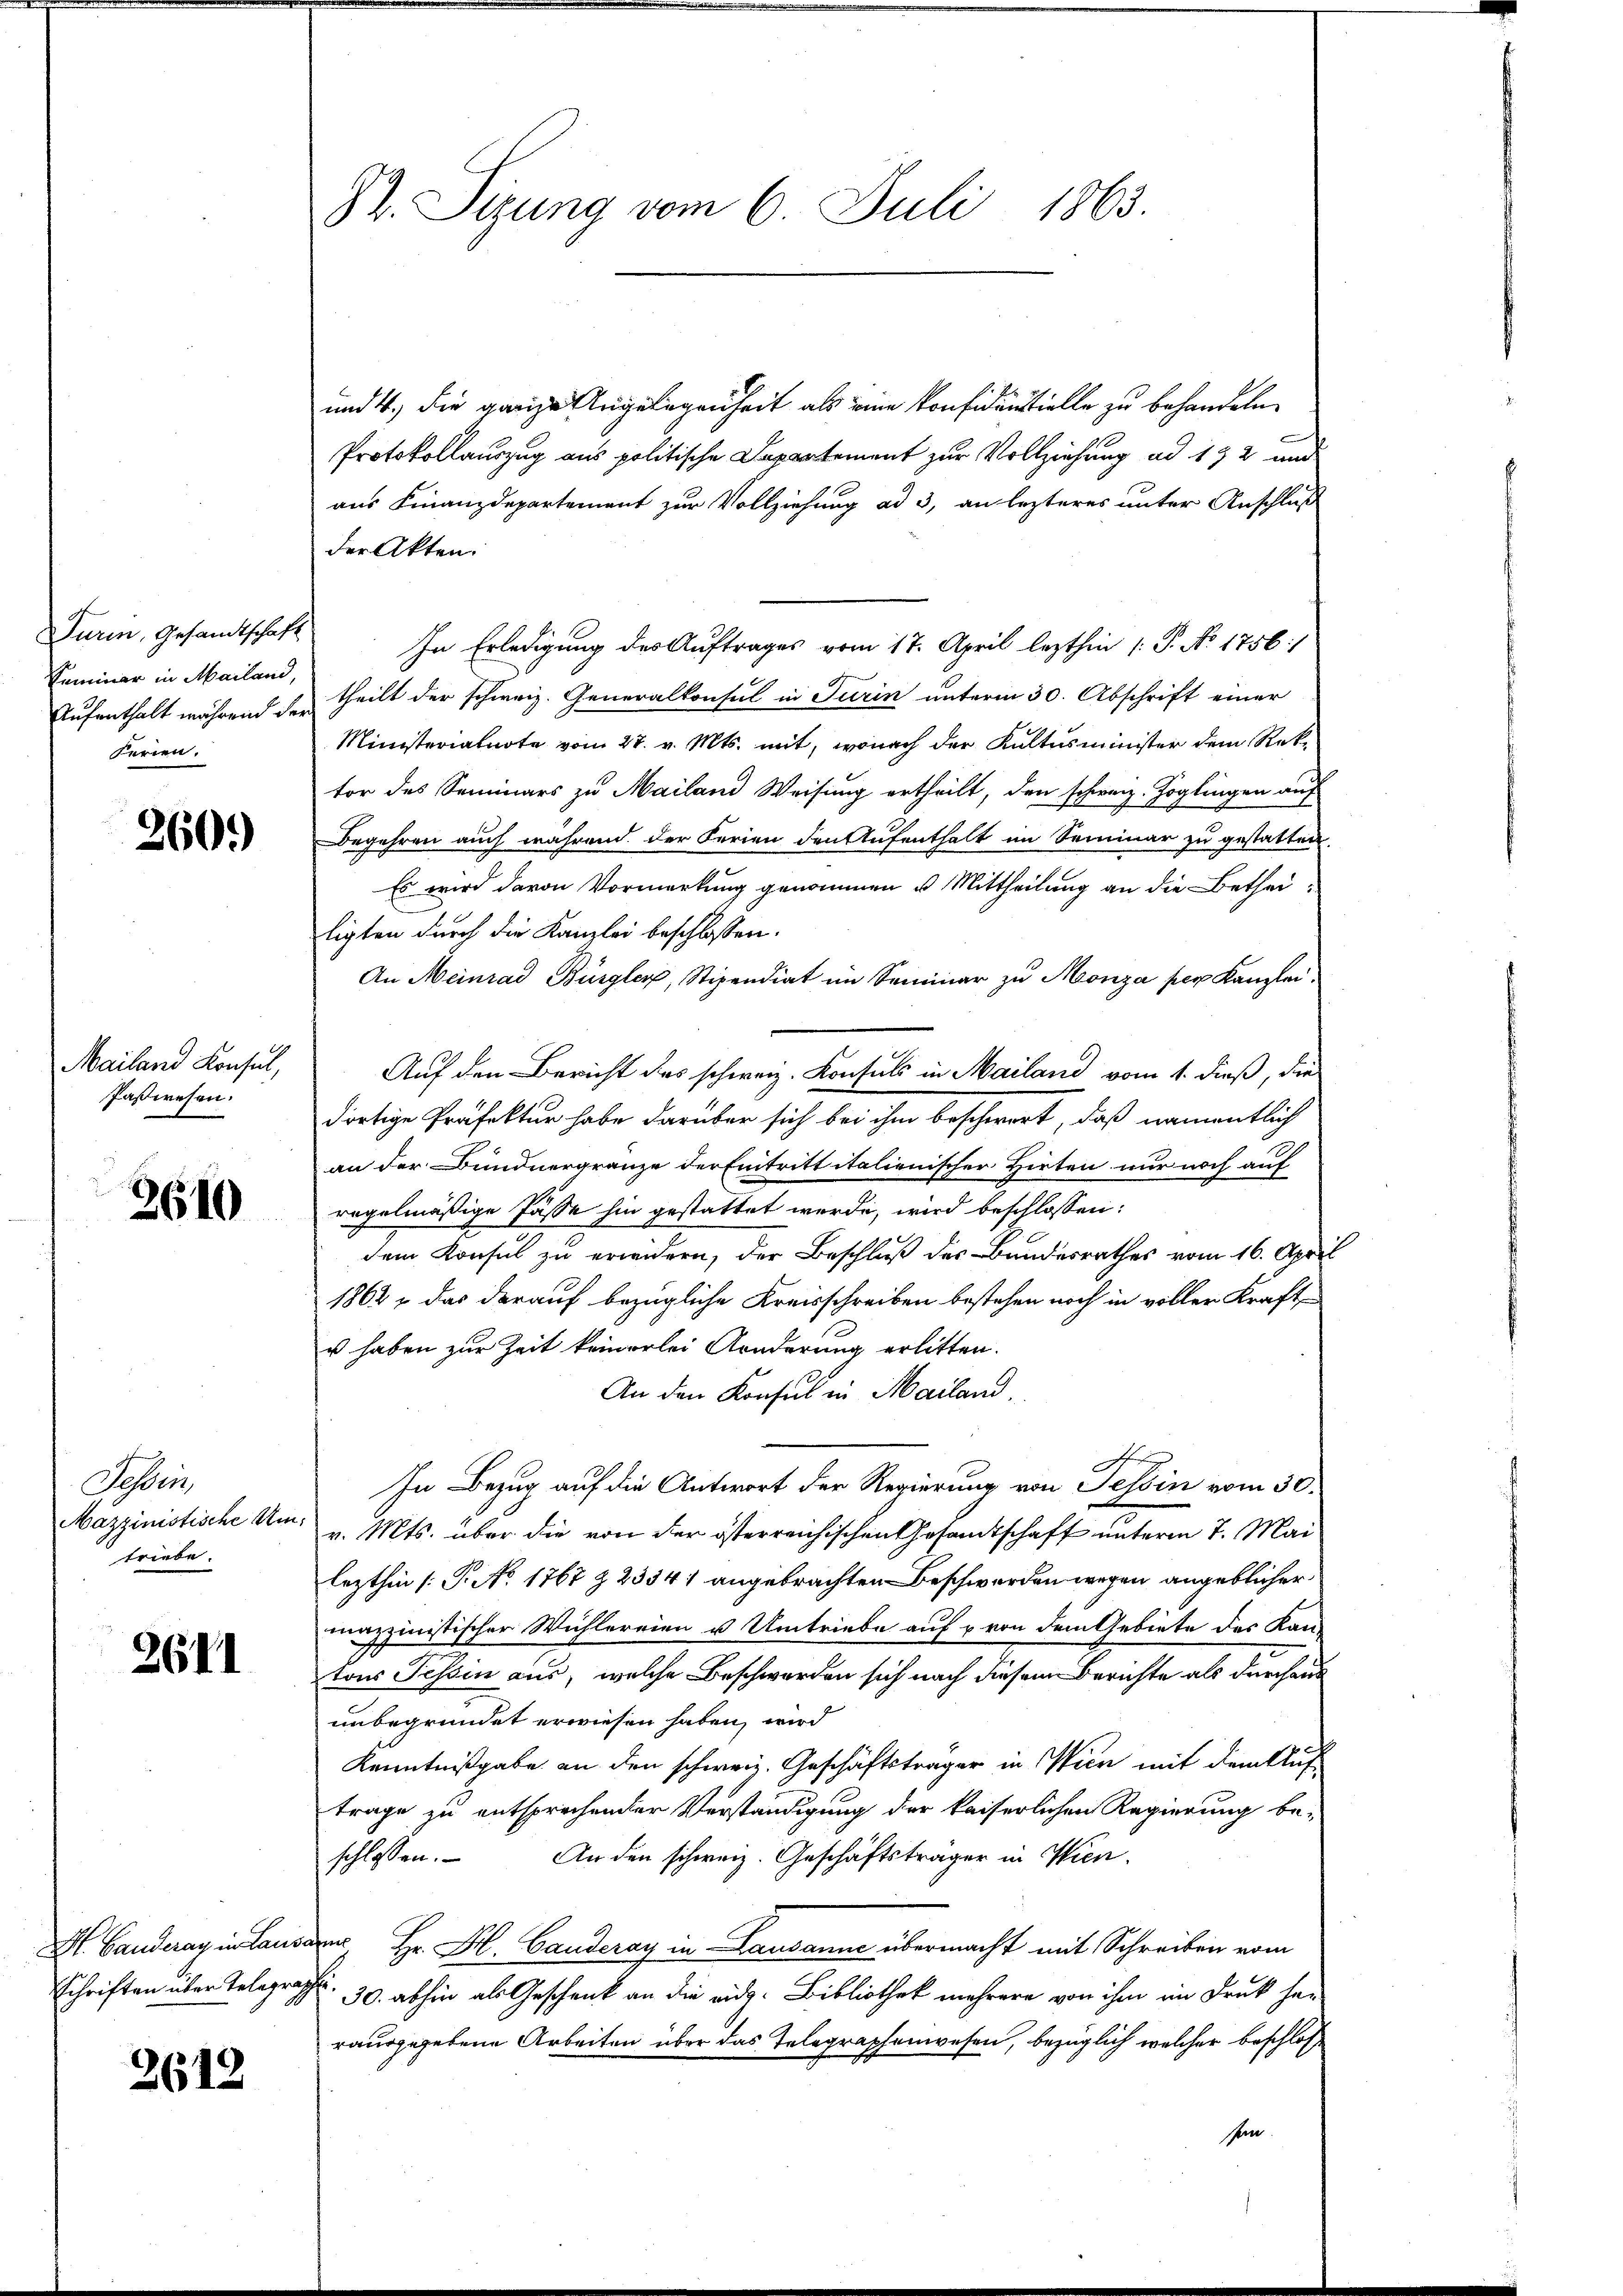
Turin, Gesandtschaft
Seminar in Mailand,
Aufenthalt während der
Ferien.

260.)

Mailand Konsul,
Paßwesen.

2640

Sehen
Mazzinistische Un
triebe.

2611

Schriften über Telegra

2612

St. Sizung vom 6. Juli 1863.

und 4. die ganze Angelegenheit als eine Konfidentielle zu behandeln.
Protokollauszug aus politische Departement zur Vollziehung ad 192 und
aus Finanzdepartement zur Vollziehung ad 3, an lezteres unter Anschluß
der Akten.
In Erledigung des Auftrages vom 17. April lezthin /: P. No 1756/
theilt der schweiz. Generalkonsul in Turin unterm 30. Abschrift einer
Ministerialnote vom 27. v. Mts. mit, wonach der Kultusminister dem Rektor des Seminars zu Mailand Weisung ertheilt, den schweiz. Zöglingen auf
Begehren auch während der Ferien den Aufenthalt im Seminar zu gestatten.
Es wird davon Vormerkung genommen u. Mittheilung an die Betheiligten durch die Kanzlei beschlossen:
An Meinrad Bürgler, Stipendiat im Seminar zu Monza per Kanzlei
Auf den Bericht des schweiz. Konsuls in Mailand vom 1. dieß, die
dortige Präfektur habe darüber sich bei ihm beschwort, daß namentlich
an der Bundnergränze der Eintrittitalienischer Hirten nur noch auf
regelmäßige Pässe hin gestattet werde, wird beschlossen:
dem Konsul zu erwidern, der Beschluß des Bundesrathes vom 16. April
1862, das darauf bezügliche Kreisschreiben bestehen noch in voller Kraft
u haben zur Zeit keinerlei Anderung erlitten.
An den Konsul in Mailand.
In Bezug auf die Antwort der Regierung von Tessin vom 30.
v. Mts. über die von der österreichischen Gesamtschaft unterm 7. Mai
lezthin (: P. No 1767 & 23341 angebrachten Beschwerden wegen angeblicher
mazzinistischer Wühlereien u Umtriebe auf & von dem Gebiete des Kan-
tons Tessin aus, welche Beschwerden sich nach diesem Berichte als durchaus
unbegründet erwiesen haben, wird
Kenntnißgabe an den schweiz. Geschäftsträger in Wien mit dem Auftrage zu entsprechender Verständigung der kaiserlichen Regierung be¬
An den schweiz. Geschäftsträger in Wien.
schlossen:
M. Landeray in Landauer Hr. H. Canderay in Lausanne übermacht mit Schreiben vom
apt.
30. abhin als Geschenk an die eidg. Bibliothek mehrere von ihm im Druk he-
rausgegebene Arbeiten über das Telegraphenwesen, bezüglich welcher beschloße
sein.